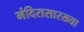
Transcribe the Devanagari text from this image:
मंदिरासारख्या